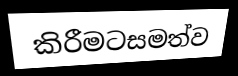
කිරීමටසමත්ව